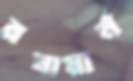
রবায়ার্ন